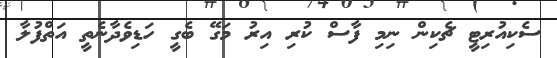
ސެކިއުރިޓީ ޗެކިން ނިމި ފާސް ކުރި އިރު މަގޭ ބެގީ ހަޑިވެދާނެތީ އަތްފުލާ